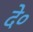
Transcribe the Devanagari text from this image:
दे०